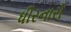
ધીરનારો